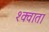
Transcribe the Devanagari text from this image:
श्क्वाता